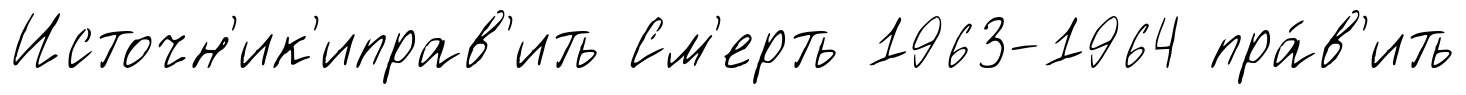
Источн'ик'иправ'ить См'ерть 1963-1964 пра́в'ить